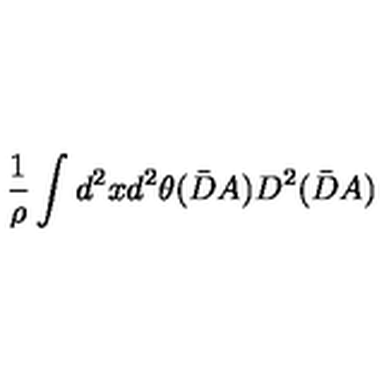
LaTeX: \frac { 1 } { \rho } \int d ^ { 2 } x d ^ { 2 } \theta ( \bar { D } A ) D ^ { 2 } ( \bar { D } A )